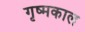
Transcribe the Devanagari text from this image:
गृष्मकाल